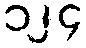
၁၂၄